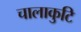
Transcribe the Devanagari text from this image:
चालाकुटि